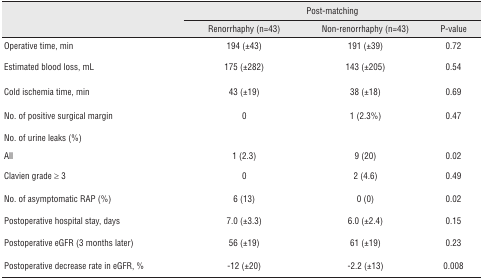
|  | <COLSPAN=3> Post-matching |
 |  | Renorrhaphy (n=43) | Non-renorrhaphy (n=43) | P-value |
 | --- | --- | --- | --- |
 | Operative time, min | 194 (±43) | 191 (±39) | 0.72 |
 | Estimated blood loss, mL | 175 (±282) | 143 (±205) | 0.54 |
 | Cold ischemia time, min | 43 (±19) | 38 (±18) | 0.69 |
 | No. of positive surgical margin | 0 | 1 (2.3%) | 0.47 |
 | No. of urine leaks (%) |  |  |  |
 | All | 1 (2.3) | 9 (20) | 0.02 |
 | Clavien grade ≥ 3 | 0 | 2 (4.6) | 0.49 |
 | No. of asymptomatic RAP (%) | 6 (13) | 0 (0) | 0.02 |
 | Postoperative hospital stay, days | 7.0 (±3.3) | 6.0 (±2.4) | 0.15 |
 | Postoperative eGFR (3 months later) | 56 (±19) | 61 (±19) | 0.23 |
 | Postoperative decrease rate in eGFR, % | -12 (±20) | -2.2 (±13) | 0.008 |